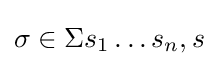
\sigma \in \Sigma {s_{1}\dots s_{n},s}